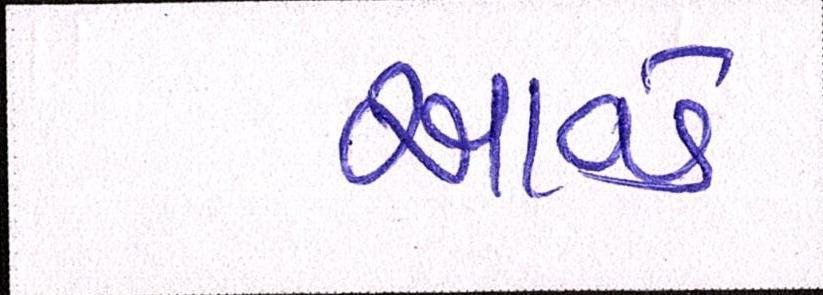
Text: આવડે